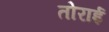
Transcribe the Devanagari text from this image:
तोराई